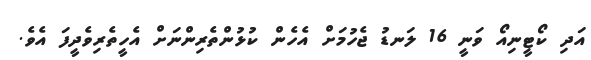
އަދި ކޯޓީނިއޯ ވަނީ 16 ލަނޑު ޖެހުމަށް އެހެން ކުޅުންތެރިންނަށް އެހީތެރިވެދީފަ އެވެ.